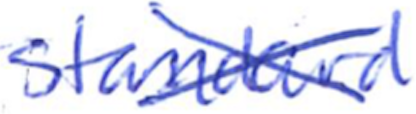
Text: standard
Cross-out: cross
Writing tool: ballpoint